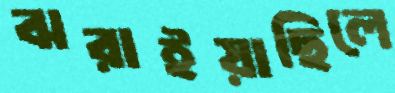
ঝরাইয়াছিলে